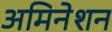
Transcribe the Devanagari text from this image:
अमिनेशन